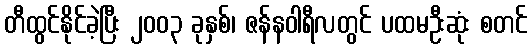
တီထွင်နိုင်ခဲ့ပြီး ၂၀၀၃ ခုနှစ်၊ ဇန်နဝါရီလတွင် ပထမဦးဆုံး စတင်